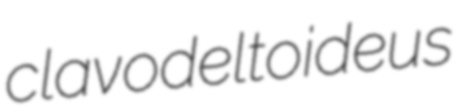
clavodeltoideus